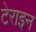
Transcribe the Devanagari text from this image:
टेराइन